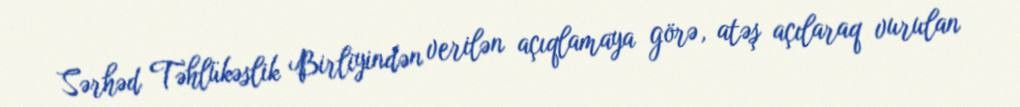
Sərhəd Təhlükəslik Birliyindən verilən açıqlamaya görə, atəş açılaraq vurulan